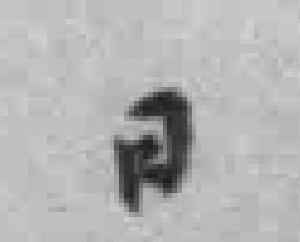
日